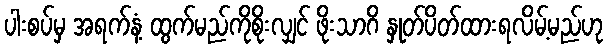
ပါးစပ်မှ အရက်နံ့ ထွက်မည်ကိုစိုးလျှင် ဖိုးသာဂိ နှုတ်ပိတ်ထားရလိမ့်မည်ဟု